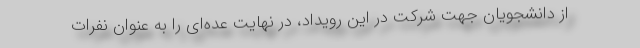
از دانشجویان جهت شرکت در این رویداد، در نهایت عده‌ای را به عنوان نفرات